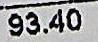
93.40